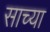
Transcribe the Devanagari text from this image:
साच्या